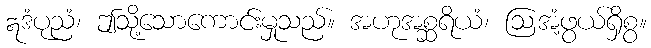
ဣဒံပုညံ၊ ဤသို့သောကောင်းမှုသည်။ အဟုအစ္ဆရိယံ၊ ဩအံ့ဖွယ်ရှိစွ။